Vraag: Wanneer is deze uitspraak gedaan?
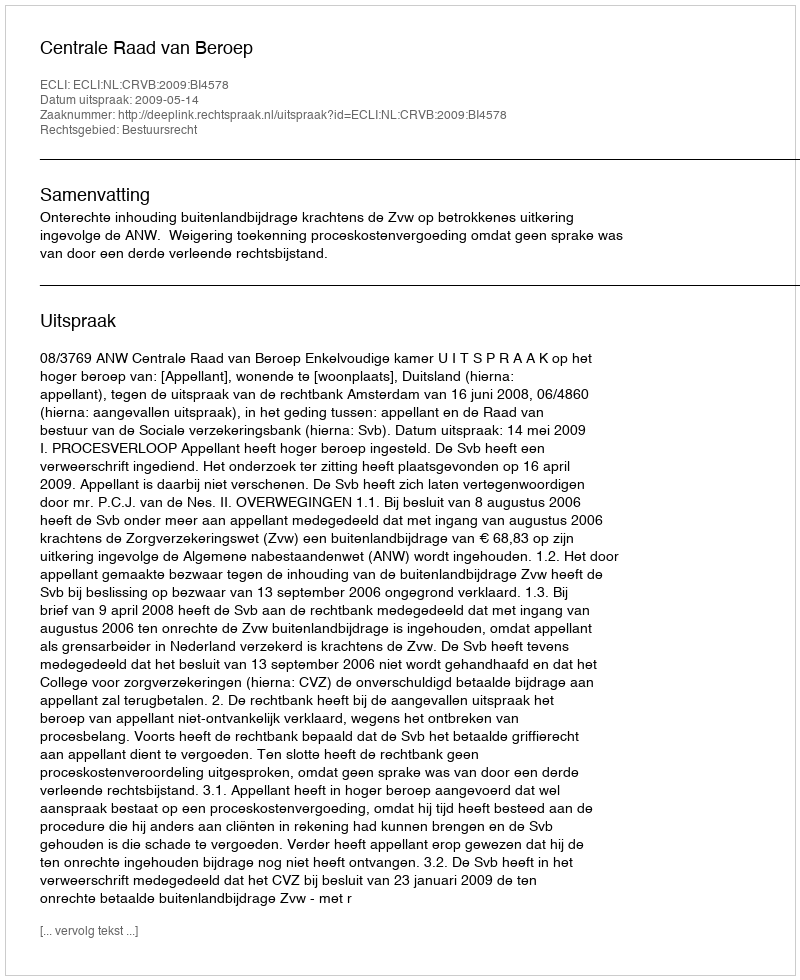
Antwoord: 2009-05-14